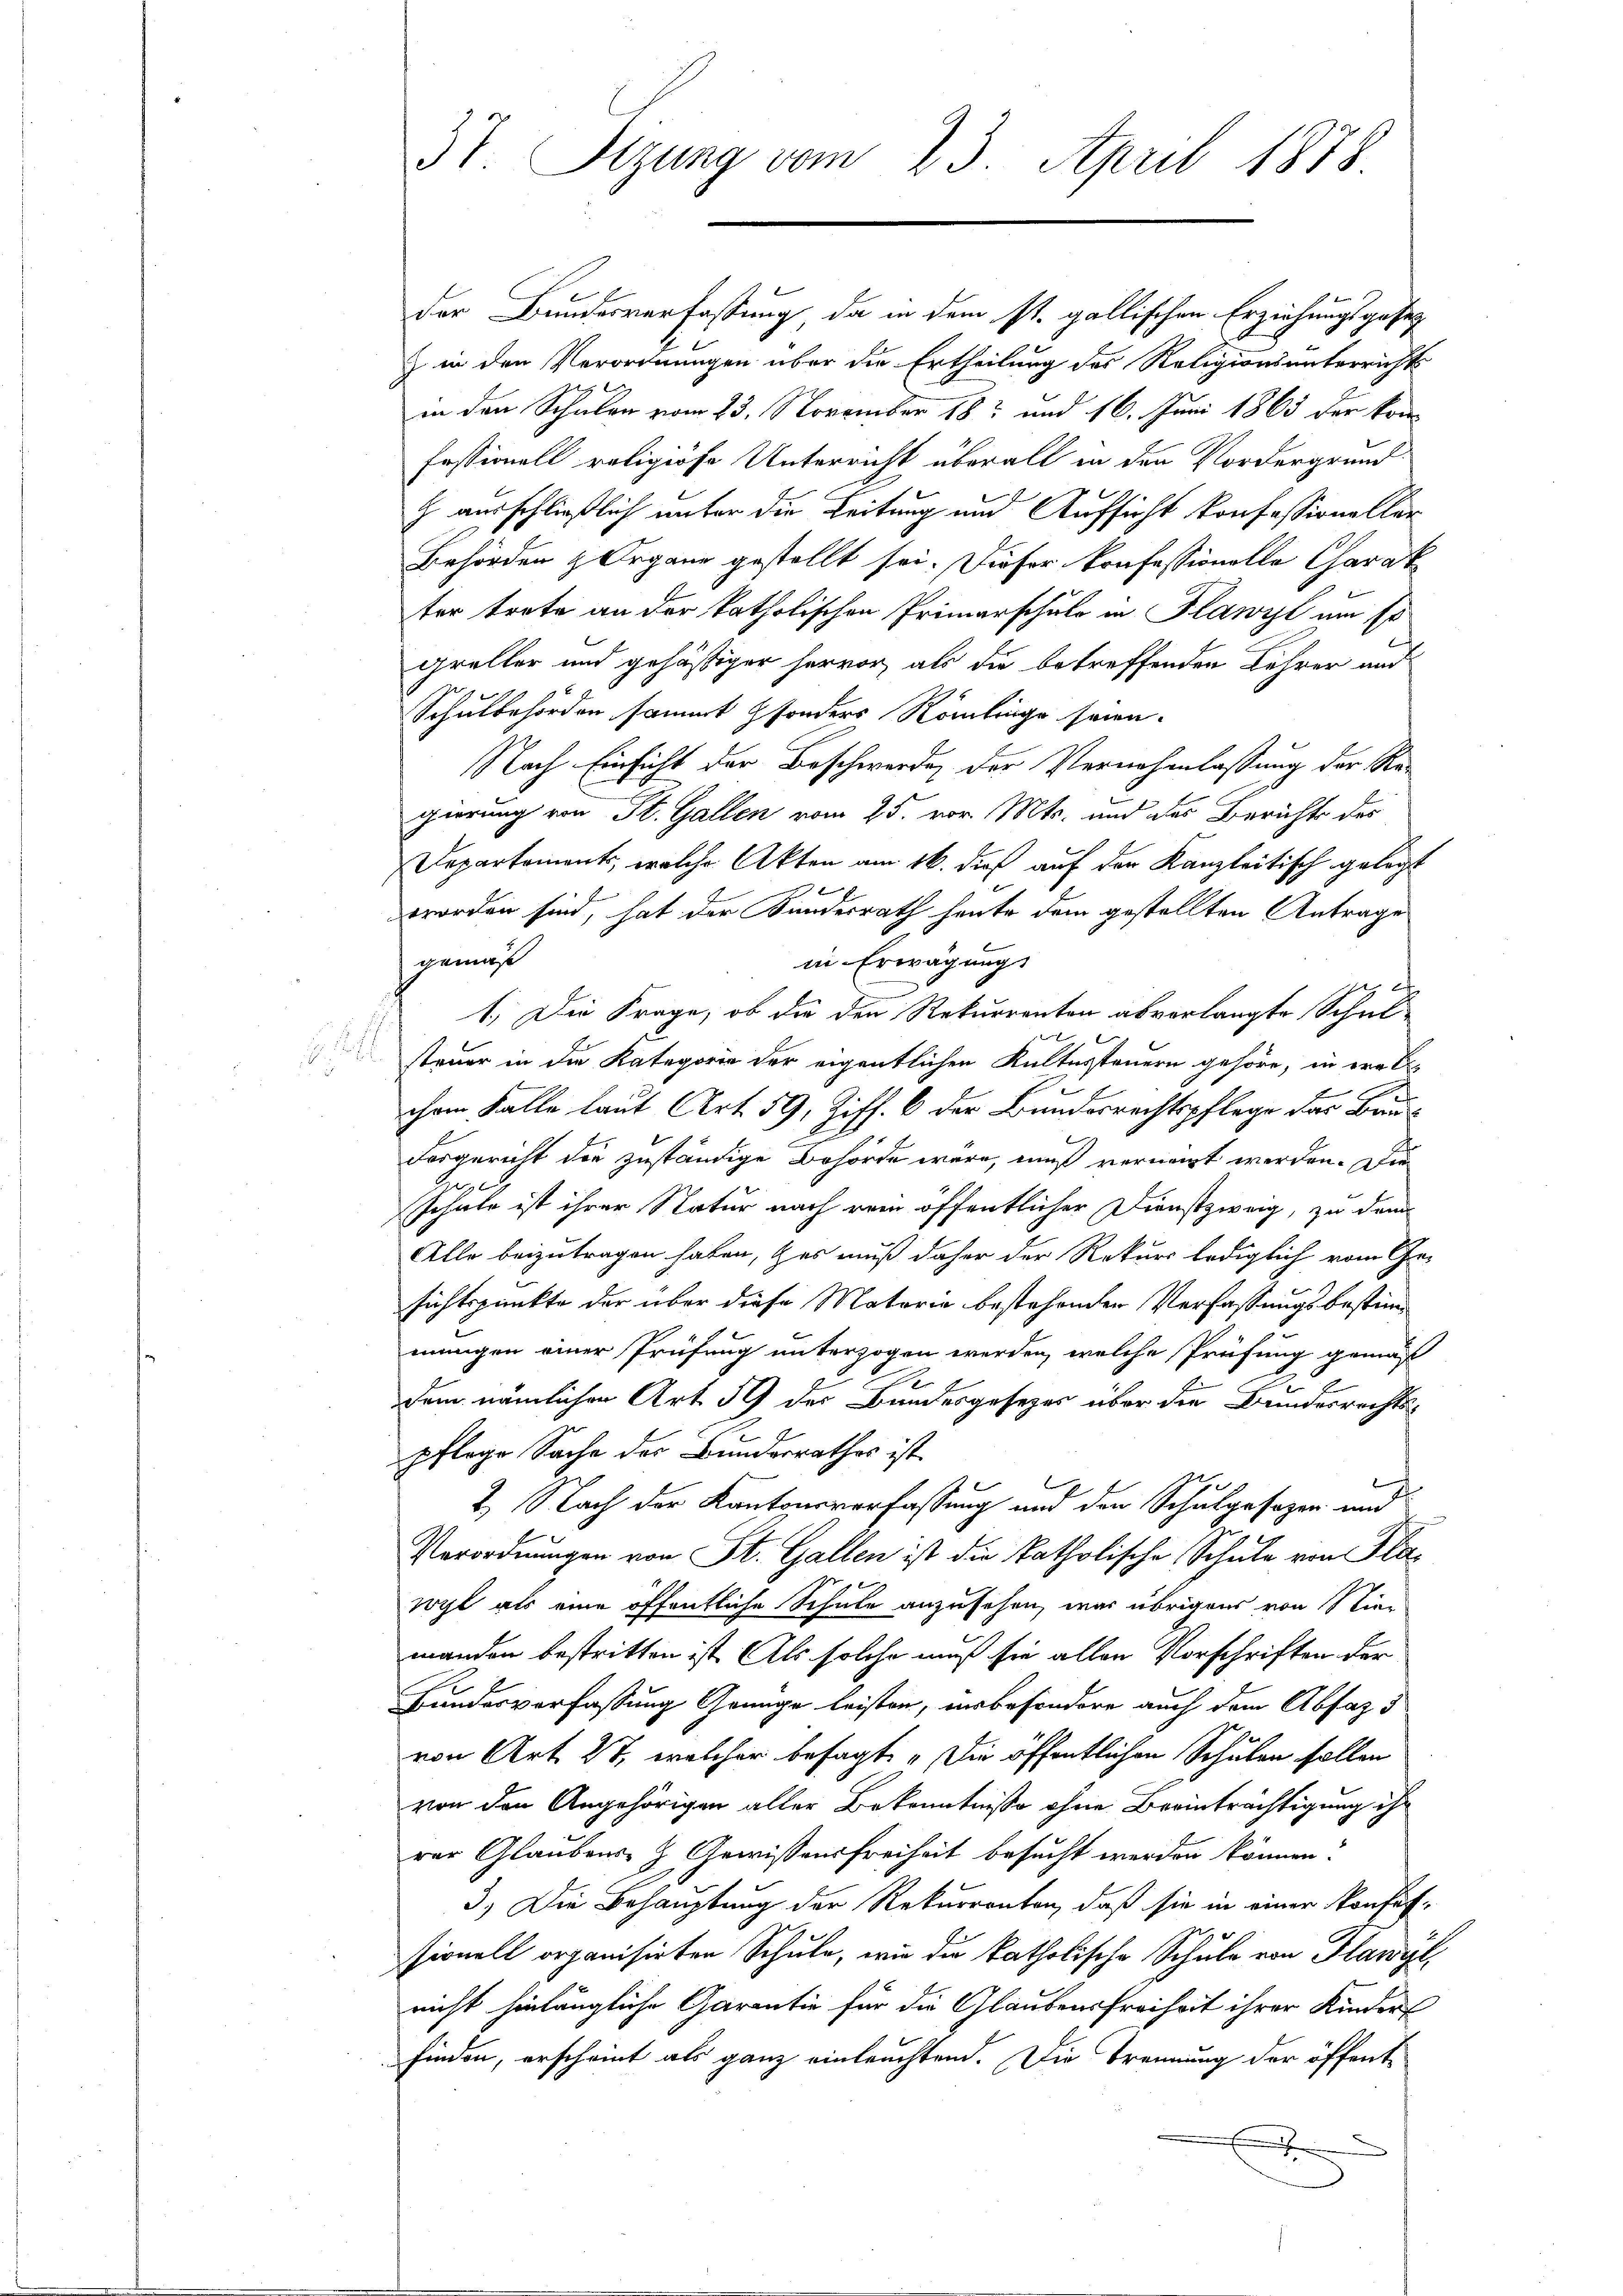
i

37. Sizung vom 23. April 1878.

der Bundesverfassung, da in dem st. gallischen Erziehungsgesetz
) in den Verordnungen über die Ertheilung des Religionsunterrichts
in den Schulen vom 23. November 182 und 16. Juni 1863 der kon
Fossionell religiöse Unterricht überall in den Vordergrund
h ausschließlich unter die Leitung und Aufsicht konfessioneller
Behörden & Organe gestellt sei. Dieser Professionelle Charak
ter trete an der katholischen Primarschulo in Plawyl um so
greller und gehäßiger hervor, als die betreffenden Lehrer und
Schulbehörden sammt sonders Römlinge seien.
Nach Einsicht der Beschwerde, der Vernehmlassung der Regierung von St. Gallen vom 25. vor. Mts. und das Berichts des
Departements, welche Akten am 16. dieß auf der Kanzleitisch gelegt
worden sind, hat der Kindesrath heute dem gestellten Antrage
gemäß
in Erwägung
1.) Die Frage, ob die den Rekurrenten abverlangte Schul-
x
steuer in die Kategorie der eigentlichen Kultussteuern gehöre, in ere E
chem Falle laut Art. 59, Ziff. 6 der Bundesrechtspflege das Bau¬
.
Forgericht die zuständige Behörde wäre, muß vernant werden. Die
schule ist ihrer Natur nach rein öffentlicher Dienstzweig, zu dem
Alle beizutragen haben, & es muß daher der Rekurs lediglich vom Ge-
sichtspunkte der über diese Materie bestehenden Verfassungsbestimmungen einer Prüfung unterzogen werden, welche Prüfung gemäß
dem nämlichen Art. 59 des Bundesgesezes über die Bundesrechtspflege Sache des Bundesrathes ist.
2. Nach der Kantonsverfassung und den Schulgesezen und
Verordnungen von St. Gallen ist die katholische Schule von Plawyl als eine öffentliche Schule anzusehen, was übrigens von Nie-
manden bestritten ist. Als solche muß sie allen Vorschriften der
Bundesverfassung Genüge leisten, insbesondere auch dem Abfas
von Art. 27, welcher besagt „Die öffentlichen Schulen sollen
von den Angehörigen aller Bekanntnisse ohne Beeinträchtigung ihr
rer Glaubens- & Gewissensfreiheit besucht werden können.
3.) Die Behauptung der Rekurrenten, daß sie in einer Konfesionell organisirten Schule, wie die katholische Schule von Flawyl,
nicht hinlängliche Garantie für die Glaubensfreiheit ihrer Kinders
finden, erscheint als ganz einleuchtend. Die Trennung der öffent
e